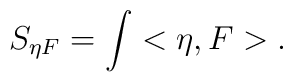
S_{\eta F}=\int<\eta,F> .